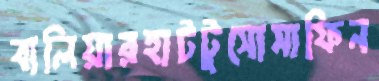
বালিয়ারহাটটুসোসাফিন